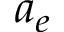
a _ { e }